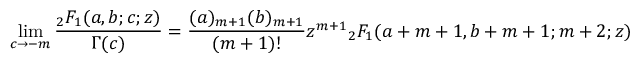
\operatorname* { l i m } _ { c \to - m } { \frac { { } _ { 2 } F _ { 1 } ( a , b ; c ; z ) } { \Gamma ( c ) } } = { \frac { ( a ) _ { m + 1 } ( b ) _ { m + 1 } } { ( m + 1 ) ! } } z ^ { m + 1 } { } _ { 2 } F _ { 1 } ( a + m + 1 , b + m + 1 ; m + 2 ; z )